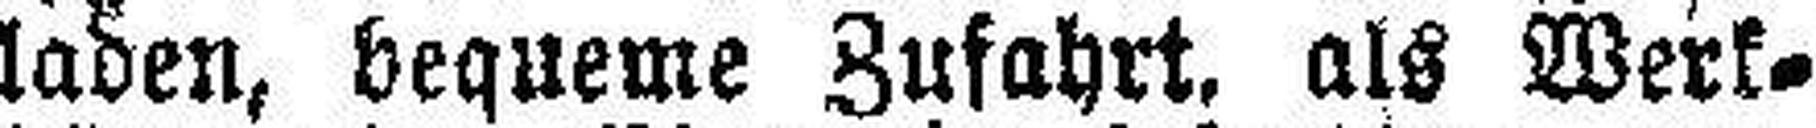
laden, bequeme Zufahrt, als Werk¬